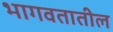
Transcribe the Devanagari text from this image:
भागवतातील